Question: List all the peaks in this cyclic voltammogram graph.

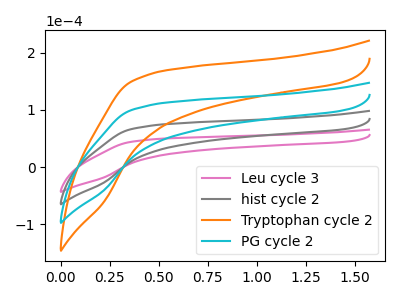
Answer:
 <answer>The pink curve "Leu cycle 3" has no peaks. The gray curve "hist cycle 2" has no peaks. The orange curve "Tryptophan cycle 2" has no peaks. The cyan curve "PG cycle 2" has no peaks.</answer>
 <eval></eval>